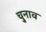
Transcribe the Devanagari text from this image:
चु्नाव